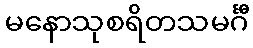
မနောသုစရိတသမင်္ဂီ